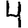
Digit: 4